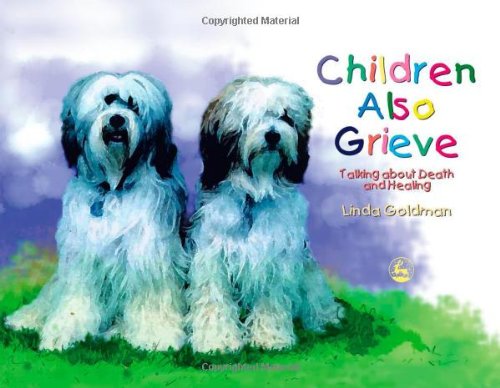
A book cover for Children Also Grieve: Talking about Death and Healing; Linda Goldman; Teen & Young Adult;